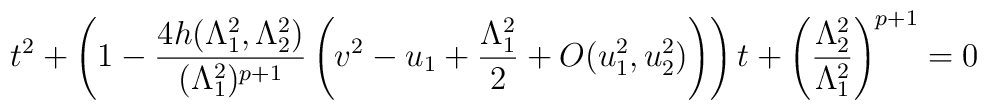
t^2+\left(1-\frac{4h(\Lambda_1^2,\Lambda_2^2)}{(\Lambda_1^2)^{p+1}}\left(v^2-u_1+\frac{\Lambda_1^2}{2}+O(u_1^2,u_2^2)\right)\right)t+\left(\frac{\Lambda_2^2}{\Lambda_1^2}\right)^{p+1}=0